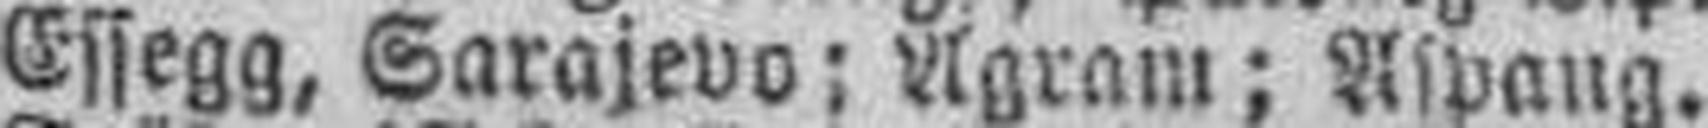
Essegg, Sarajevo; Agram; Aspang.